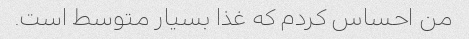
من احساس کردم که غذا بسیار متوسط ​​است.